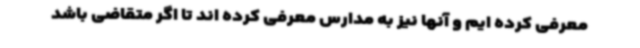
معرفی کرده ایم و آنها نیز به مدارس معرفی کرده اند تا اگر متقاضی باشد